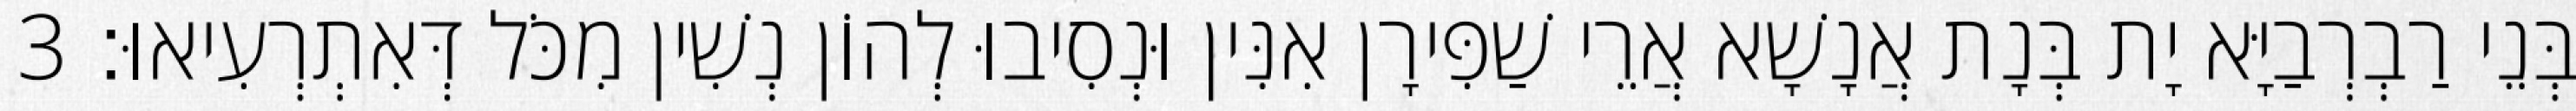
בְּנֵי רַבְרְבַיָּא יָת בְּנָת אֲנָשָׁא אֲרֵי שַׁפִּירָן אִנִּין וּנְסִיבוּ לְהוֹן נְשִׁין מִכֹּל דְּאִתְרְעִיאוּ׃ 3